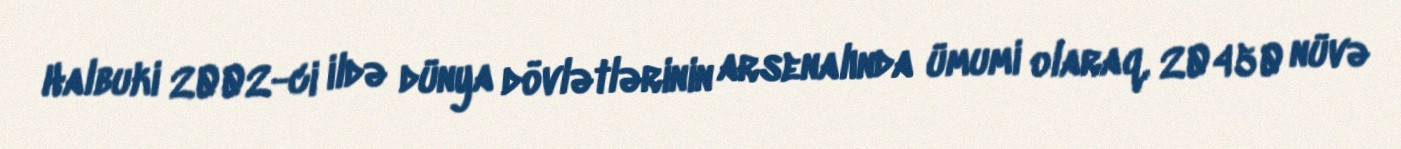
Halbuki 2002-ci ildə dünya dövlətlərinin arsenalında ümumi olaraq, 20450 nüvə